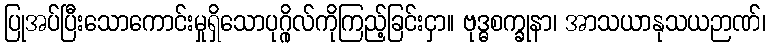
ပြုအပ်ပြီးသောကောင်းမှုရှိသောပုဂ္ဂိုလ်ကိုကြည့်ခြင်းငှာ။ ဗုဒ္ဓစက္ခုနာ၊ အာသယာနုသယဉာဏ်၊